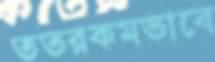
ততরকমভাবে